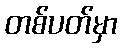
တစ်ပတ်မှာ